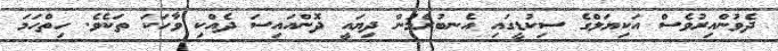
ދެވުންއިރުވެސް އަކިޔަލްގެ ސިކުޑީގައި އެނބުރެމުން ދިޔައީ ދޮންއައިސަ ދެއްކި ވާހަކަ ތަކެވެ. ހިތްހަމަ